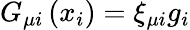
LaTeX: G_{\mu i}\left(x_{i}\right)=\xi_{\mu i}g_{i}